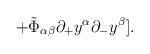
LaTeX: \begin{align*}\hspace{20mm} + \tilde{\Phi}_{\alpha \beta}{\partial_{+}}y^{\alpha}{\partial_{-}}y^{\beta}].\end{align*}